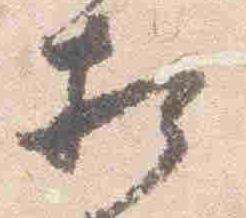
相